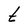
Character: t